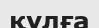
қүлға